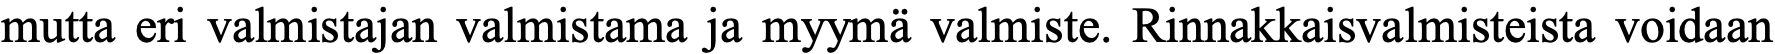
mutta eri valmistajan valmistama ja myymä valmiste. Rinnakkaisvalmisteista voidaan